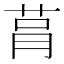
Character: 𦮻